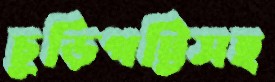
চুড়িপট্টিসহ